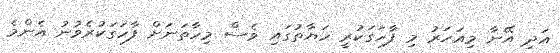
އަދި އޭނާ މިއަހަރު މި ފާހަގަކުރީ ހަޔާތުގައި ވެސް މިހާތަނަށް ފާހަގަކުރެވުނު އެންމެ